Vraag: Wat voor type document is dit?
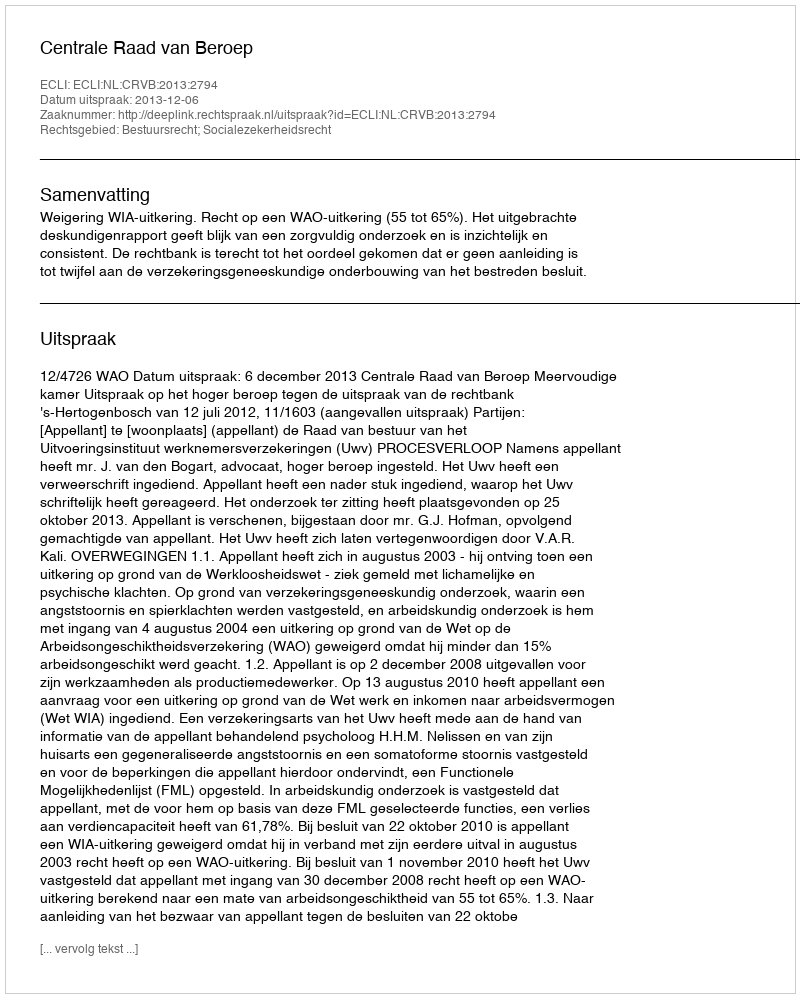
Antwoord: Uitspraak